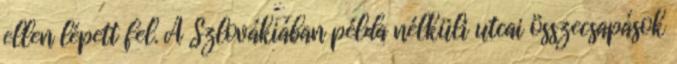
ellen lépett fel. A Szlovákiában példa nélküli utcai összecsapások